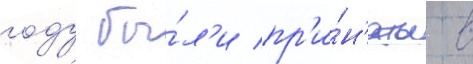
году бы́л'и пр'и́н'яты в